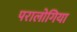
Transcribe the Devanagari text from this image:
परालोगिया